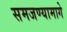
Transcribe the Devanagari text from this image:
समजण्यामागे